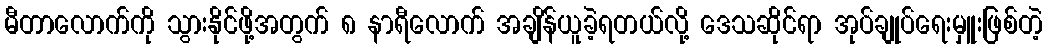
မီတာလောက်ကို သွားနိုင်ဖို့အတွက် ၈ နာရီလောက် အချိန်ယူခဲ့ရတယ်လို့ ဒေသဆိုင်ရာ အုပ်ချုပ်ရေးမှူးဖြစ်တဲ့